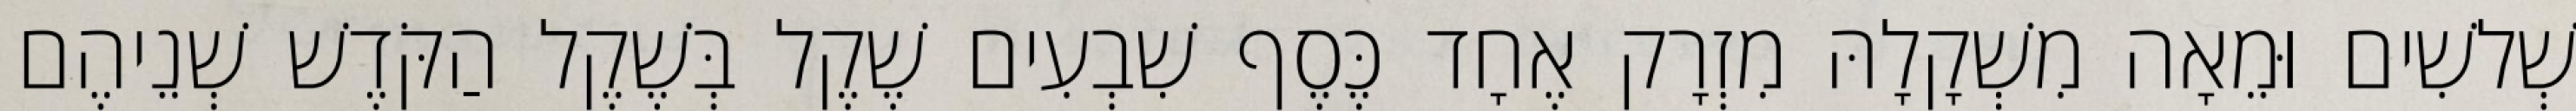
שְׁלשִׁים וּמֵאָה מִשְׁקָלָהּ מִזְרָק אֶחָד כֶּסֶף שִׁבְעִים שֶׁקֶל בְּשֶׁקֶל הַקֹּדֶשׁ שְׁנֵיהֶם